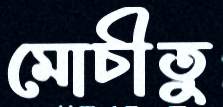
মোচীতু